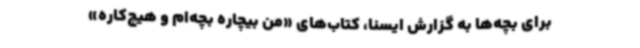
برای بچه‌ها به گزارش ایسنا، کتاب‌های «من بیچاره بچه‌ام و هیچ‌کاره»